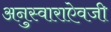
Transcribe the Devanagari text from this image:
अनुस्वाराऐवजी